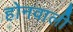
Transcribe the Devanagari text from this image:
होनवाली